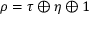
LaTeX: \rho = \tau \oplus \eta \oplus 1